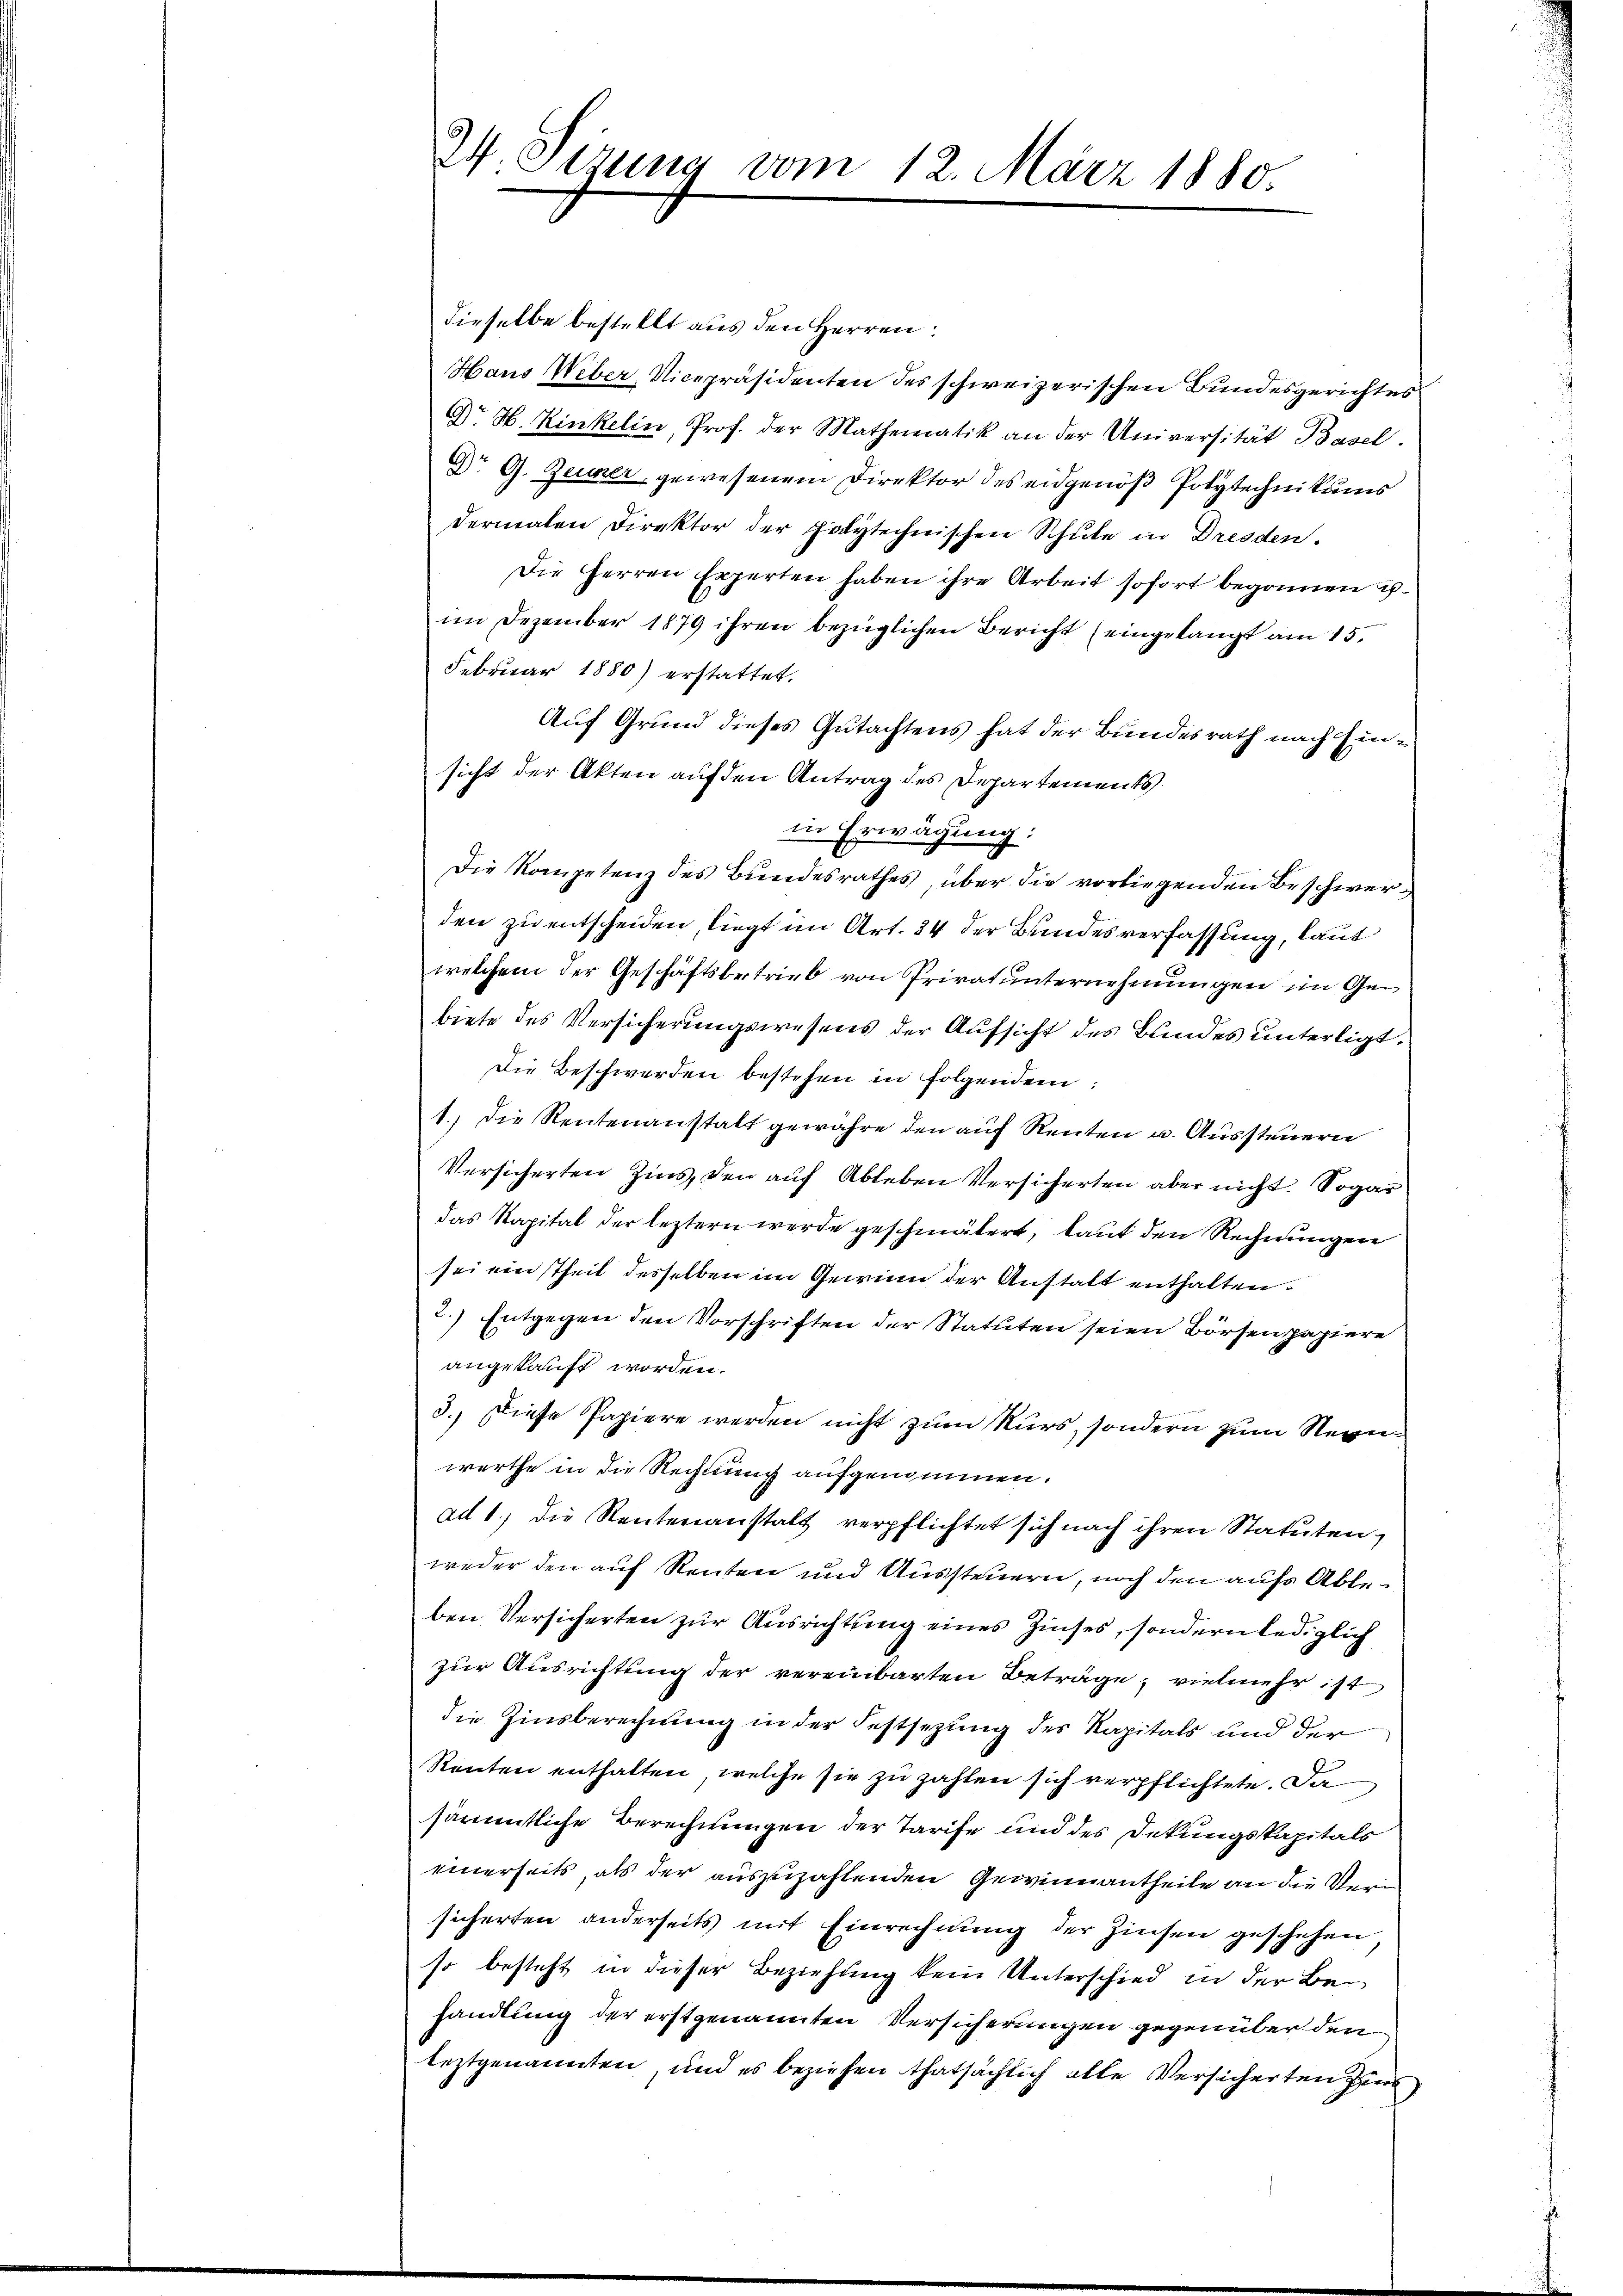
34. Sizung vom 12. März 1880.

dieselbe bestellt aus den Herren:
Hans Weber, Vicepräsidenten des schweizerischen Bundesgerichtes
Dr H. Kinkelin, Prof. der Mathematik an der Universität Basel.
Dr G. Zeumer, gewesenem Direktor des eidgenöß Polytechnikums
dermalen Direktor der polytechnischen Schule in Dresden.
Die Herren Experten haben ihre Arbeit sofort begonnen Eh
im Dezember 1879 ihren bezüglichen Bericht (eingelangt am 15.
Februar 1880) erstattet.
Auf Grund dieses Gutachtens hat der Bundesrath nach Einsicht der Akten auf den Antrag des Departements
in Erwägung:
Die Kompetenz des Bundesrathes, über die vorliegenden Beschwerden zu entscheiden, liegt im Art. 34 der Bundesverfassung, laut
welchem der Geschäftsbetrieb von Privatunternehmungen im Gebiete des Versicherungswesens der Aufsicht des Bundes unterligt,
Die Beschwerden bestehen in folgendem:
1.) Die Rentenanstalt gewahre den auf Renten u. Aussteuern
Versicherten Zins, den auf Ableben Versicherten aber nicht. Sogar
das Kapital der leztern werde geschmälert, laut den Rechnungen
sei ein theil desselben im Gewinn der Anstalt enthalten.
2.) Entgegen den Vorschriften der Statuten seien Börsenpapiere
angekauft worden.
3.) Diese Papiere werden nicht zum Kurs, sondern zum Neunwerthe in die Rechnung aufgenommen.
ad 1. die Rentenanstalt verpflichtet sich nach ihren Statuten,
weder den auf Renten und Aussteuern, noch den aufs Ableben Versicherten zur Ausrichtung eines Zinses, sondern lediglich
zur Ausrichtung der vereinbarten Beträge, vielmehr ist
die Zinsberechnung in der Festsezung des Kapitals und der
Renten enthalten, welche sie zu zahlen sich verpflichtete. Da
sämmtliche Berechnungen der Tarife und des Dekungskapitals
einerseits, als der auszuzahlenden Gewinnantheile an die Versicherten anderseits mit Einrechnung der Zinsen geschehen,
so besteht in dieser Beziehung kein Unterschied in der Behandlung der erstgenannten Versicherungen gegenüber den
teztgenannten, und es beziehen thatsächlich alle Versicherten Zins